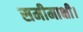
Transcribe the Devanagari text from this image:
समीमाक्षी।